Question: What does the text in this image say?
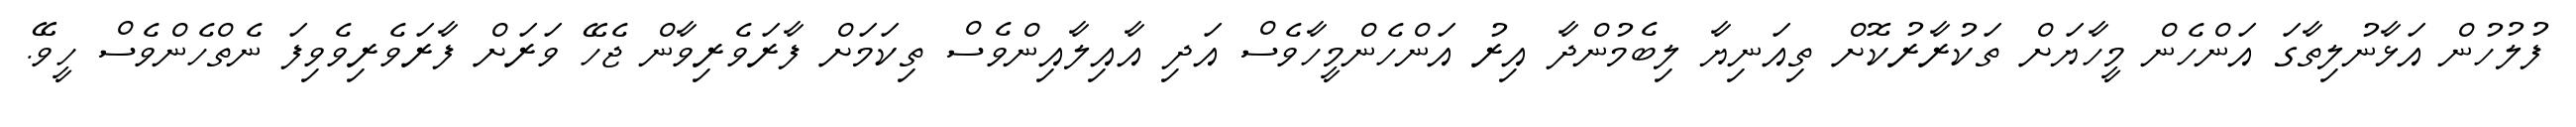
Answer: ފުލުހުން އަޅާނުލިތާގަ އަންހެން މީހާޔަށް ތަކުރާރުކޮށް ތިއަނިޔާ ލިބެމުންދާ އިރު އަންހެންމީހާވެސް އަދި އާއިލާއިންވެސް ތިކަމަށް ފާރަވެރިވާން ޖެހޭ ވަރަށް ފާރަވެރިވެވިފަ ނެތްހެންވެސް ހީވޭ.